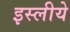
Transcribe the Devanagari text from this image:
इस्लीये